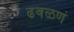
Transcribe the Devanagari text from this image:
ढवळणं